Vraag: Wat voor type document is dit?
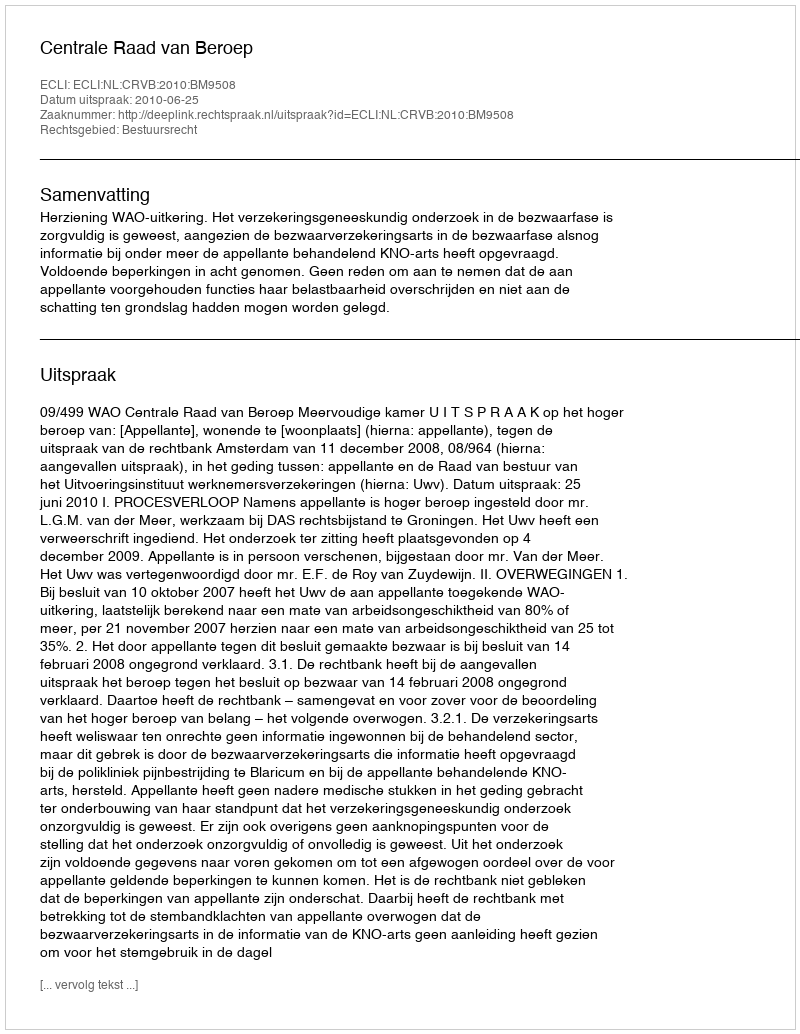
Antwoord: Uitspraak